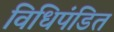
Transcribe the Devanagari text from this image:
विधिपंडित